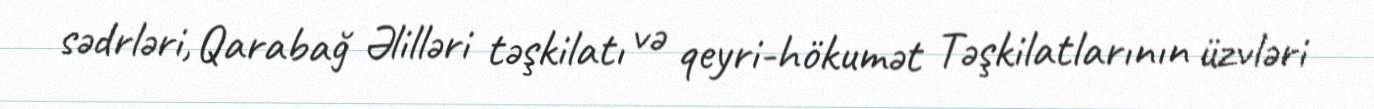
sədrləri, Qarabağ Əlilləri təşkilatı və qeyri-hökumət Təşkilatlarının üzvləri